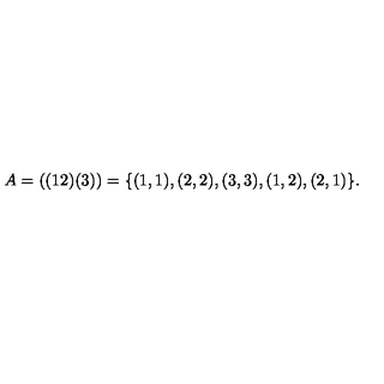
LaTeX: A = ( ( 1 2 ) ( 3 ) ) = \{ ( 1 , 1 ) , ( 2 , 2 ) , ( 3 , 3 ) , ( 1 , 2 ) , ( 2 , 1 ) \} { } .